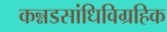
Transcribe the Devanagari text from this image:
कन्नडसांधिविग्रहिक